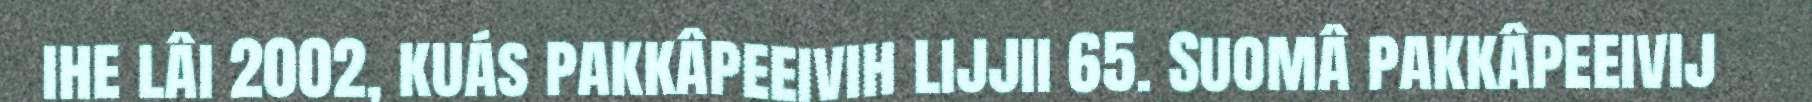
ihe lâi 2002, kuás pakkâpeeivih lijjii 65. Suomâ pakkâpeeivij